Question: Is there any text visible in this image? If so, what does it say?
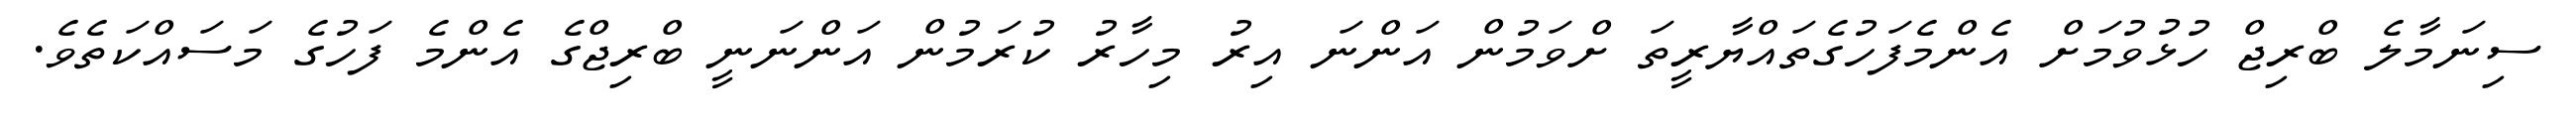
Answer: ސިނަމާލެ ބްރިޖް ހުޅުވުމަށް އެންމެފަހުގެތައްޔާރީތަ ށްވަމުން އަންނަ އިރު މިހާރު ކުރަމުން އަންނަނީ ބްރިޖްގެ އެންމެ ފަހުގެ މަސައްކަތެވެ.